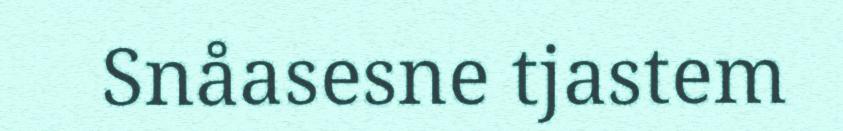
Snåasesne tjastem